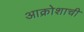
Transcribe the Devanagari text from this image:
आक्रोशाची